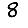
Digit: 8